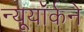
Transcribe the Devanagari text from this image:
न्यूयॉर्कने